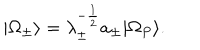
LaTeX: | \Omega _ { \pm } \rangle = \lambda _ { \pm } ^ { - \frac { 1 } { 2 } } a _ { \pm } | \Omega _ { P } \rangle .